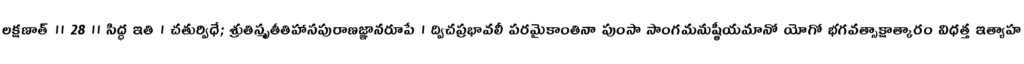
లక్షణాత్ ॥ 28 ॥ సిద్ధ ఇతి । చతుర్విధే; శ్రుతిస్మృతీతిహాసపురాణజ్ఞానరూపే । ద్విచప్రభావలీ పరమైకాంతినా పుంసా సాంగమనుష్ఠీయమానో యోగో భగవత్సాక్షాత్కారం విధత్త ఇత్యాహ